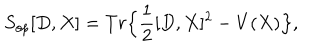
LaTeX: S _ { o p } [ D , X ] = T r \Big \{ \frac { 1 } { 2 } [ D , X ] ^ { 2 } - V ( X ) \Big \} ,